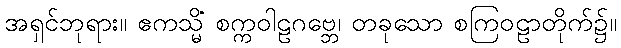
အရှင်ဘုရား။ ဧကသ္မိံ စက္ကဝါဠဂဗ္ဘေ၊ တခုသော စကြဝဠာတိုက်၌။